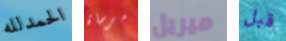
الحمدلله مرساة ميريل قبل